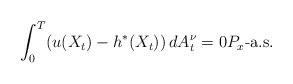
LaTeX: \begin{align*}\int_{0}^{T}(u(X_{t})-h^{*}(X_{t}))\,dA^{\nu}_t=0 P_{x}\mbox{-a.s.}\end{align*}